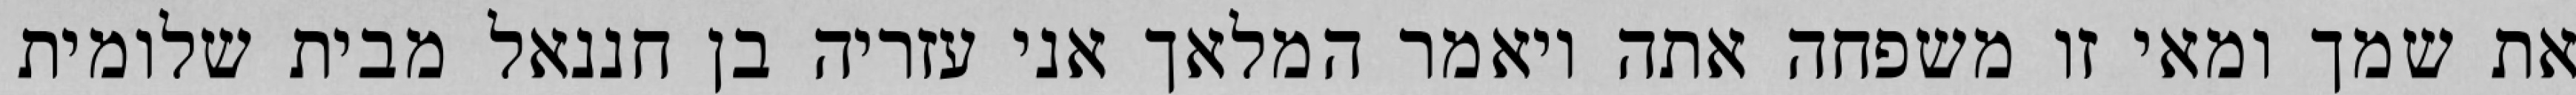
את שמך ומאי זו משפחה אתה ויאמר המלאך אני עזריה בן חננאל מבית שלומית